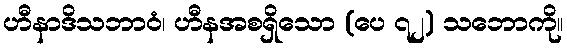
ဟီနာဒိသဘာဝံ၊ ဟီနအစရှိသော (ပေ ၇၂) သဘောကို။